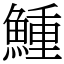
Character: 䱰